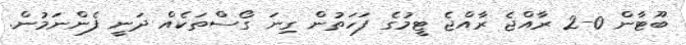
ބޫޓާން 0-2 ރާއްޖެ ރާއްޖެ ޓީމުގެ ފަހަތުން ގިނަ ގޯސްތަކެއް ދަނީ ފެންނަމުން.